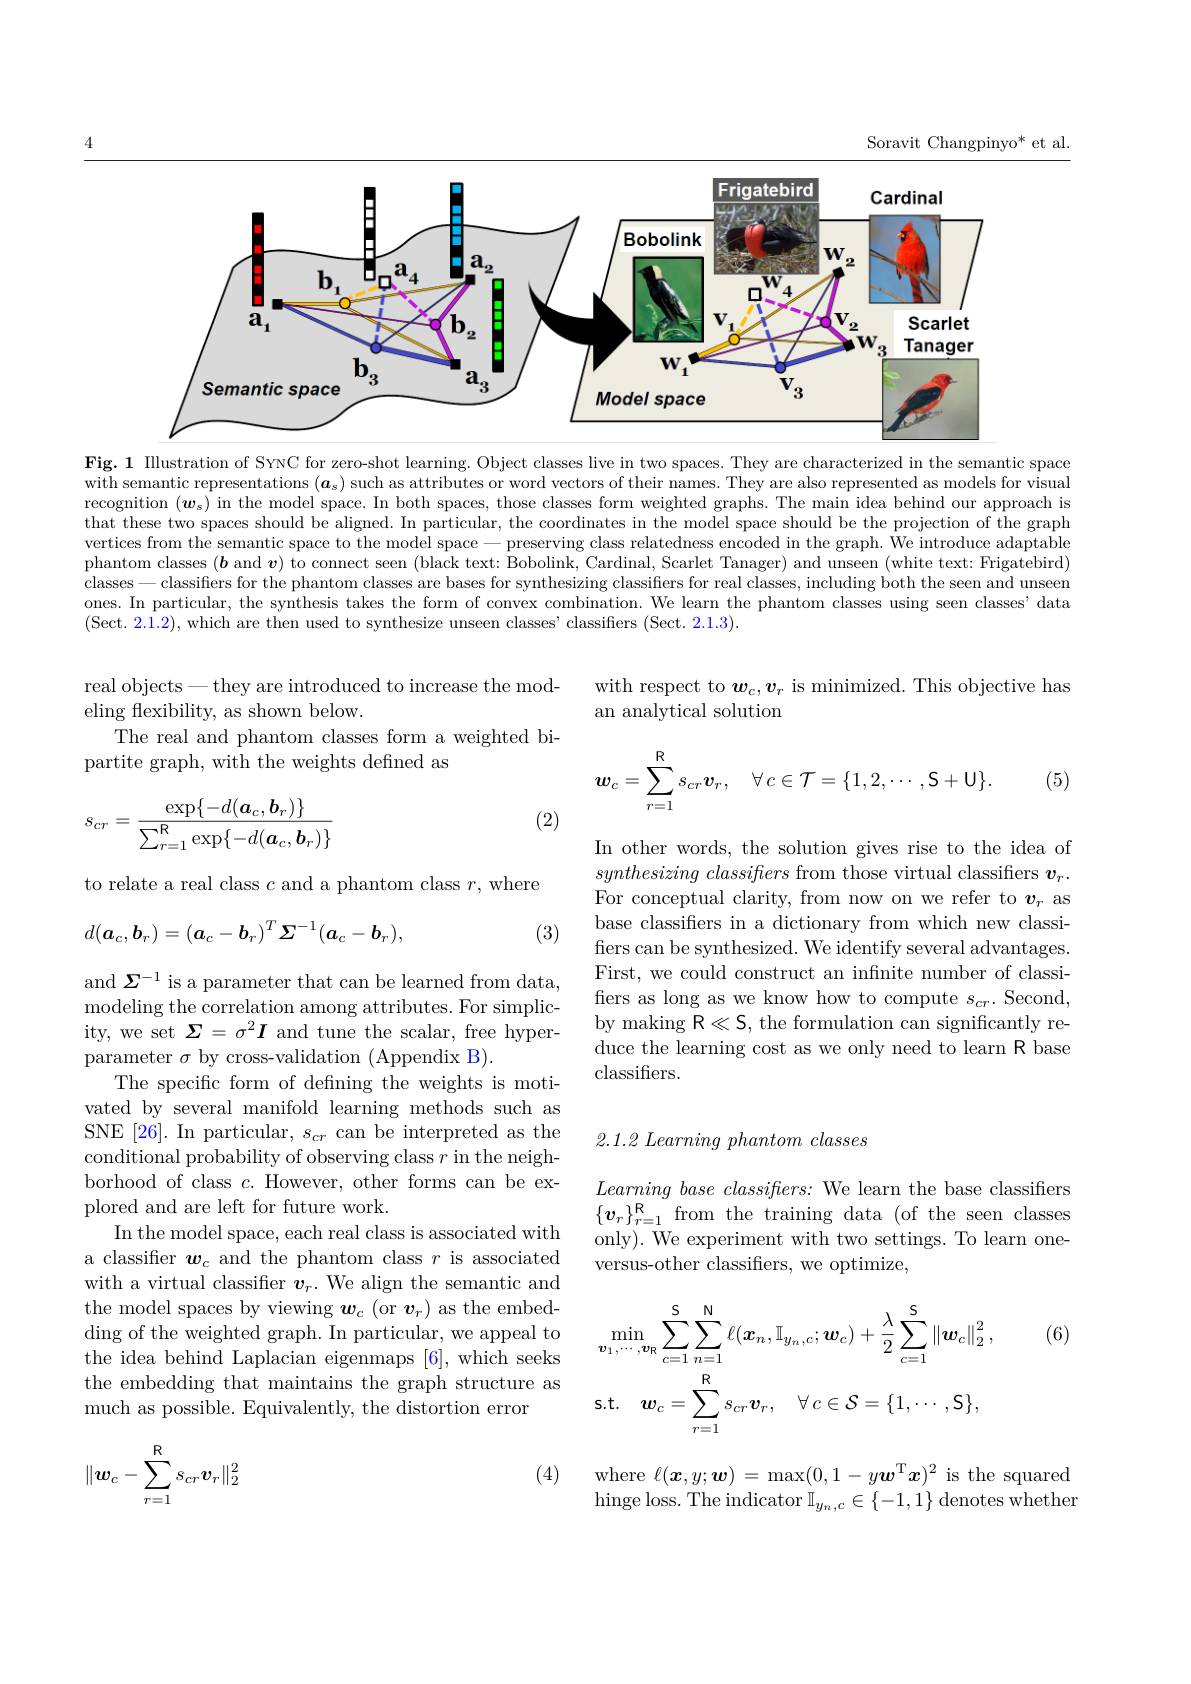
Soravit Changpinyo* et al.

<FigureHere>

Fig. 1 Illustration of SYNC for zero-shot learning. Object classes live in two spaces. They are characterized in the semantic space with semantic representations $(\boldsymbol{a}_s)$ such as attributes or word vectors of their names. They are also represented as models for visual recognition $(w_s)$ in the model space. In both spaces, those classes form weighted graphs. The main idea behind our approach is that these two spaces should be aligned. In particular, the coordinates in the model space should be the projection of the graph vertices from the semantic space to the model space - preserving class relatedness encoded in the graph. We introduce adaptable phantom classes $(\boldsymbol{b}$ and $\boldsymbol{v})$ to connect seen (black text: Bobolink, Cardinal, Scarlet Tanager) and unseen (white text: Frigatebird) classes-classifiers for the phantom classes are bases for synthesizing classifiers for real classes, including both the seen and unseen ones. In particular, the synthesis takes the form of convex combination. We learn the phantom classes using seen classes' data (Sect. 2.1.2), which are then used to synthesize unseen classes' classifiers (Sect. 2.1.3).

with respect to $\boldsymbol w_c,\boldsymbol v_r$ is minimized. This objective has
an analytical solution

real objects-they are introduced to increase the mod-
eling fexibility, as shown below.
The real and phantom classes form a weighted bi-
partite graph, with the weights defined as
$$\boldsymbol{w}_{c}=\sum_{r=1}^{\mathrm{R}}s_{cr}\boldsymbol{v}_{r},\quad\forall\:c\in\mathcal{T}=\{1,2,\cdots,\mathcal{S}+\mathbf{U}\}.$$
(5)

(2)
$$s_{cr}=\frac{\exp\{-d(\boldsymbol{a}_c,\boldsymbol{b}_r)\}}{\sum_{r=1}^{\mathrm{R}}\exp\{-d(\boldsymbol{a}_c,\boldsymbol{b}_r)\}}$$
to relate a real class $c$ and a phantom class $r$,where
$$d(\boldsymbol{a}_c,\boldsymbol{b}_r)=(\boldsymbol{a}_c-\boldsymbol{b}_r)^T\boldsymbol{\Sigma}^{-1}(\boldsymbol{a}_c-\boldsymbol{b}_r),$$
(3)

In other words, the solution gives rise to the idea of $synthesizing\textit{ classiflers from those virtual classifiers }v_r.$ For conceptual clarity, from now on we refer to $v_r$ as base classifiers in a dictionary from which new classifers can be synthesized. We identify several advantages. First, we could construct an infnite number of classifers as long as we know how to compute $s_cr.$ Second, by making R$\ll S$, the formulation can significantly reduce the learning cost as we only need to learn R base classifiers.

## $2. 1. 2\textit{ Learning phantom classes}$

and $\Sigma^-1$ is a parameter that can be learned from data, modeling the correlation among attributes. For simplicity, we set $\boldsymbol{\Sigma}=\sigma^2\boldsymbol{I}$ and tune the scalar, free hyperparameter $\sigma$ by cross-validation (Appendix B).
The specific form of defining the weights is motivated by several manifold learning methods such as SNE [26]. In particular, $s_cr$ can be interpreted as the conditional probability of observing class $r$ in the neighborhood of class $c.$ However, other forms can be explored and are left for future work.
In the model space, each real class is associated with a classifier $\boldsymbol w_c$ and the phantom class $r$ is associated with a virtual classifier $\boldsymbol v_r.$ We align the semantic and the model spaces by viewing $\boldsymbol{w}_c$ ( or $\boldsymbol{v}_r)$ as the embedding of the weighted graph. In particular, we appeal to the idea behind Laplacian eigenmaps [6], which seeks the embedding that maintains the graph structure as much as possible. Equivalently, the distortion error

$\textit{Learning base classifhers: We learn the base classifiers}$ $\{v_{r}\}_{r=1}^{\mathrm{R}}$from the training data (of the seen classes only). We experiment with two settings. To learn oneversus-other classifiers, we optimize,

(6)
$$\operatorname*{min}_{\boldsymbol{v}_{1},\cdots,\boldsymbol{v}_{\mathrm{R}}}\sum_{c=1}^{\mathrm{S}}\sum_{n=1}^{\mathrm{N}}\ell(\boldsymbol{x}_{n},\mathbb{I}_{y_{n},c};\boldsymbol{w}_{c})+\frac{\lambda}{2}\sum_{c=1}^{\mathrm{S}}\|\boldsymbol{w}_{c}\|_{2}^{2}\:,\\\mathrm{s.t.}\quad\boldsymbol{w}_{c}=\sum_{r=1}^{\mathrm{R}}s_{cr}\boldsymbol{v}_{r},\quad\forall\:c\in\mathcal{S}=\{1,\cdots,\mathcal{S}\},$$
(4)
$$\|\boldsymbol{w}_c-\sum_{r=1}^{\mathbb{R}}s_{cr}\boldsymbol{v}_r\|_2^2$$
where $\ell(\boldsymbol{x},y;\boldsymbol{w})=\max(0,1-y\boldsymbol{w}^\mathrm{T}\boldsymbol{x})^2$ is the squared hinge loss. The indicator $\mathbb{I}_{y_n,c}\in\{-1,1\}$ denotes whethen